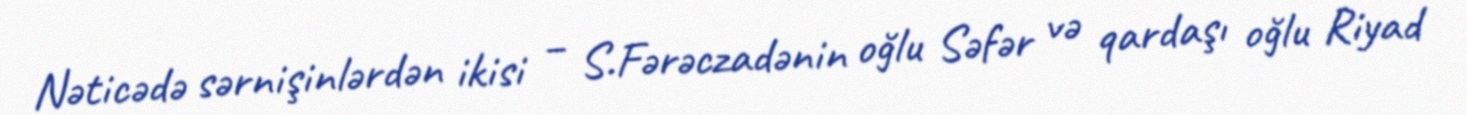
Nəticədə sərnişinlərdən ikisi – S.Fərəczadənin oğlu Səfər və qardaşı oğlu Riyad